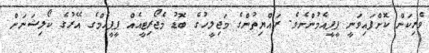
ވެރިކަން ކޮށްފައިވަނީ ޕީޕީއެމުންނެވެ. ރައްޔިތުންގެ މަޖިލީހުގެ ބޮޑު މެޖޯރިޓީއެއް ޕީޕީއެމްގެ އޭރުގެ ކޯލިޝަނަށް